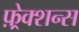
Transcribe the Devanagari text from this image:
फ़्रेक्शन्स